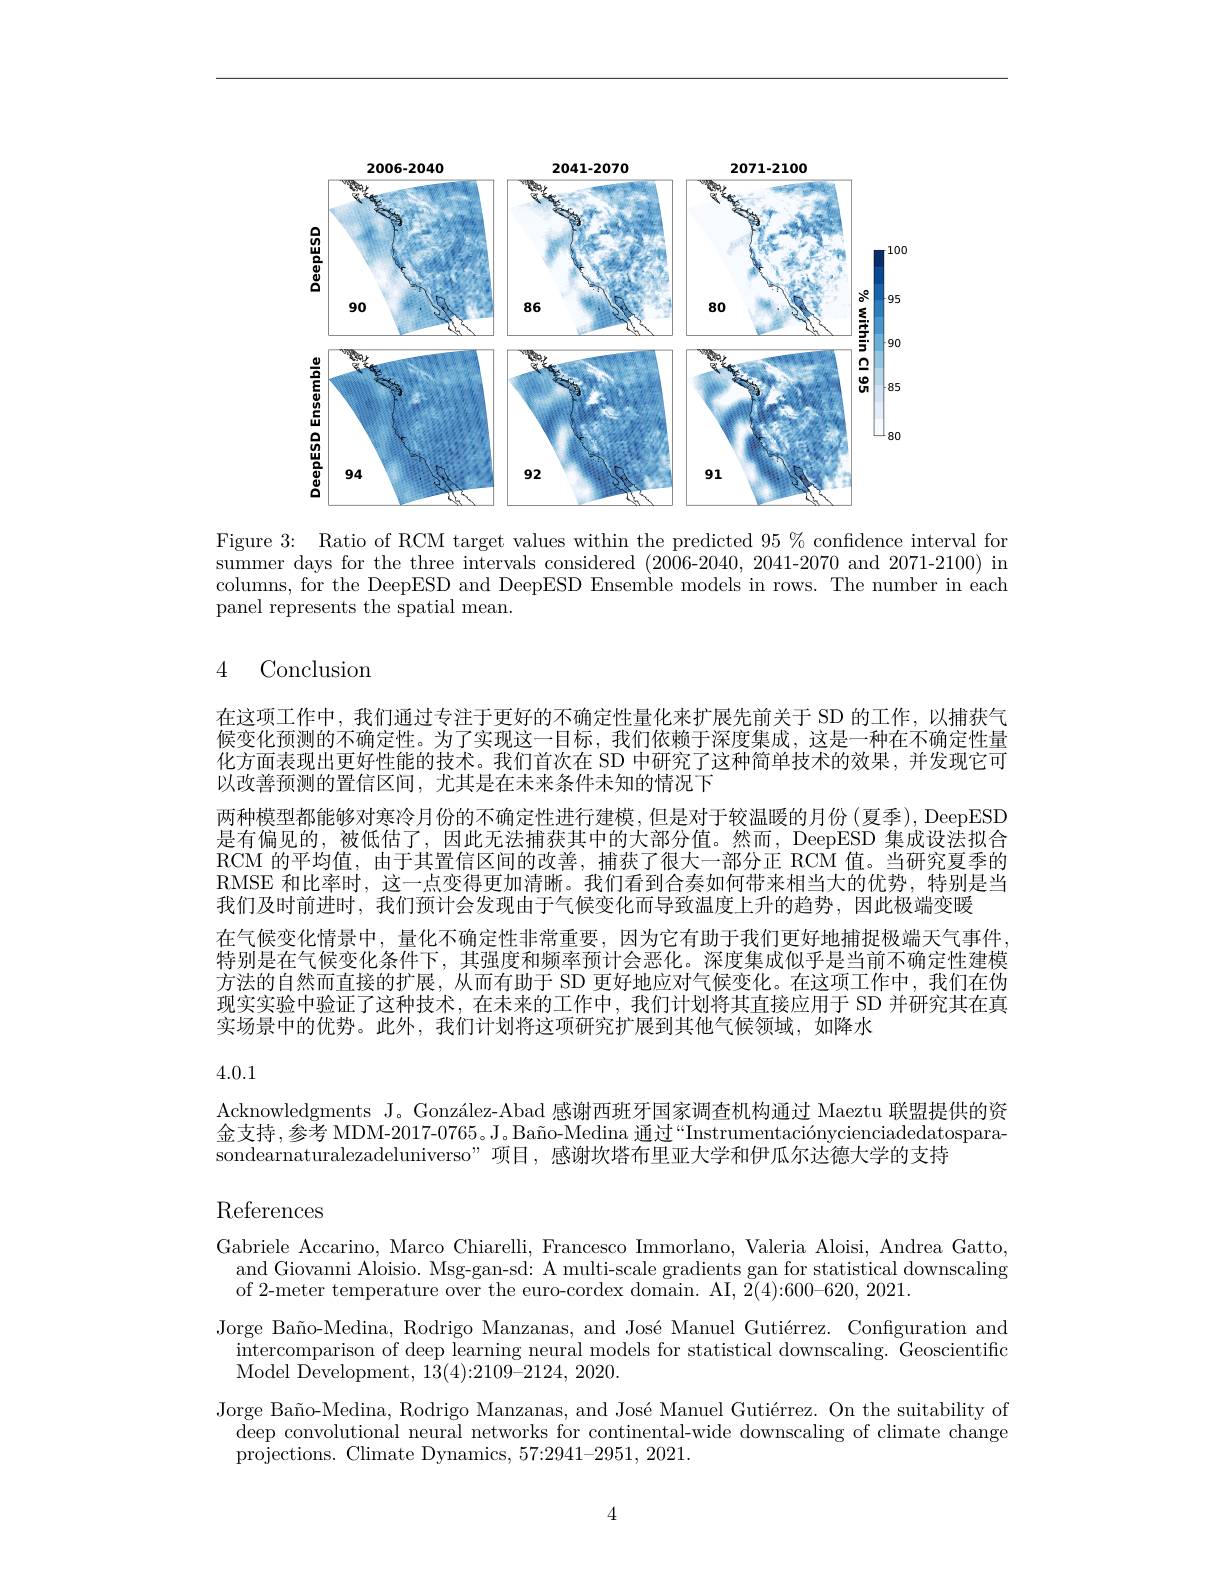
<FigureHere>

Figure 3: Ratio of RCM target values within the predicted $95\%$ confidence interval for summer days for the three intervals considered (2006-2040, 2041-2070 and 2071-2100) in columns, for the DeepESD and DeepESD Ensemble models in rows. The number in each panel represents the spatial mean.

## 4 Conclusion

在这项工作中，我们通过专注于更好的不确定性量化来扩展先前关于 SD 的工作，以捕获气候变化预测的不确定性。为了实现这一目标，我们依赖于深度集成，这是一种在不确定性量化方面表现出更好性能的技术。我们首次在 SD 中研究了这种简单技术的效果，并发现它可以改善预测的置信区间，尤其是在未来条件未知的情况下
两种模型都能够对寒冷月份的不确定性进行建模，但是对于较温暖的月份(夏季), DeepESD 是有偏见的，被低估了，因此无法捕获其中的大部分值。然而，DeepESD 集成设法拟合RCM 的平均值，由于其置信区间的改善，捕获了很大一部分正 RCM 值。当研究夏季的RMSE 和比率时，这一点变得更加清晰。我们看到合奏如何带来相当大的优势，特别是当我们及时前进时，我们预计会发现由于气候变化而导致温度上升的趋势，因此极端变暖
在气候变化情景中，量化不确定性非常重要，因为它有助于我们更好地捕捉极端天气事件， 特别是在气候变化条件下，其强度和频率预计会恶化。深度集成似乎是当前不确定性建模方法的自然而直接的扩展，从而有助于 SD 更好地应对气候变化。在这项工作中，我们在伪现实实验中验证了这种技术，在未来的工作中，我们计划将其直接应用于 SD 并研究其在真实场景中的优势。此外，我们计划将这项研究扩展到其他气候领域，如降水

# 4.0.1

Acknowledgments J。González-Abad 感谢西班牙国家调查机构通过 Maeztu 联盟提供的资金支持，参考 MDM-2017-0765。J。Baño-Medina 通过“Instrumentaciónycienciadedatosparasondearnaturalezadeluniverso”项目，感谢坎塔布里亚大学和伊瓜尔达德大学的支持

References

Gabriele Accarino, Marco Chiarelli, Francesco Immorlano, Valeria Aloisi, Andrea Gatto,
and Giovanni Aloisio. Msg-gan-sd: A multi-scale gradients gan for statistical downscaling
of 2-meter temperature over the euro-cordex domain. AI, $\bar{2}(4):600-620,2021.$
Jorge Baño-Medina, Rodrigo Manzanas, and José Manuel Gutiérrez. Configuration and
intercomparison of deep learning neural models for statistical downscaling. Geoscientific
Model Development, 13(4){:}2109{-}2124,2020.
Jorge Baño-Medina, Rodrigo Manzanas, and José Manuel Gutiérrez. On the suitability of
deep convolutional neural networks for continental-wide downscaling of climate change
projections. Climate Dynamics, 57:2941-2951, 2021.